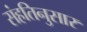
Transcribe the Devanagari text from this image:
संहतिनुसार